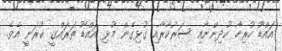
އައްޑޫ ހުރިހާ ކުދިންނާއި ސަރުކާރާއި ގުޅިގެން މުޅި އައްޑޫ ތަރައްގީ ކުރަނީ އެވެ.